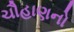
ચૌહાણનો